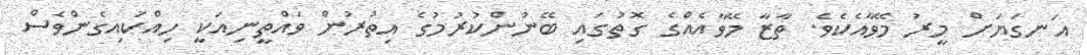
އަނގަޔަށް މީރު މޭވާއެކެވެ. ތާޒާ މޭވާއެއްގެ ގޮތުގައި ބޭނުންކުރުމުގެ އިތުރުން ވައްތީނިއަކީ ހިއްކައިގެންވެސް